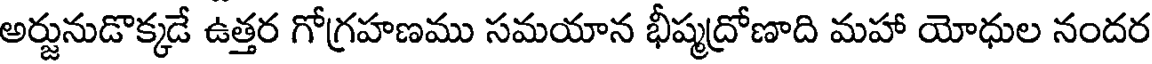
అర్జునుడొక్కడే ఉత్తర గోగ్రహణము సమయాన భీష్మద్రోణాది మహా యోధుల నందర